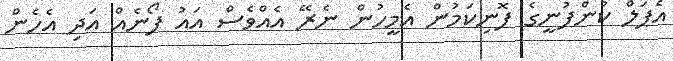
އެޕަލް ކުންފުނީގެ ފޮނިކަމުން އެމީހުން ނެރޭ އެއްވެސް އައު ފޯނެއް އަދި އެހެން